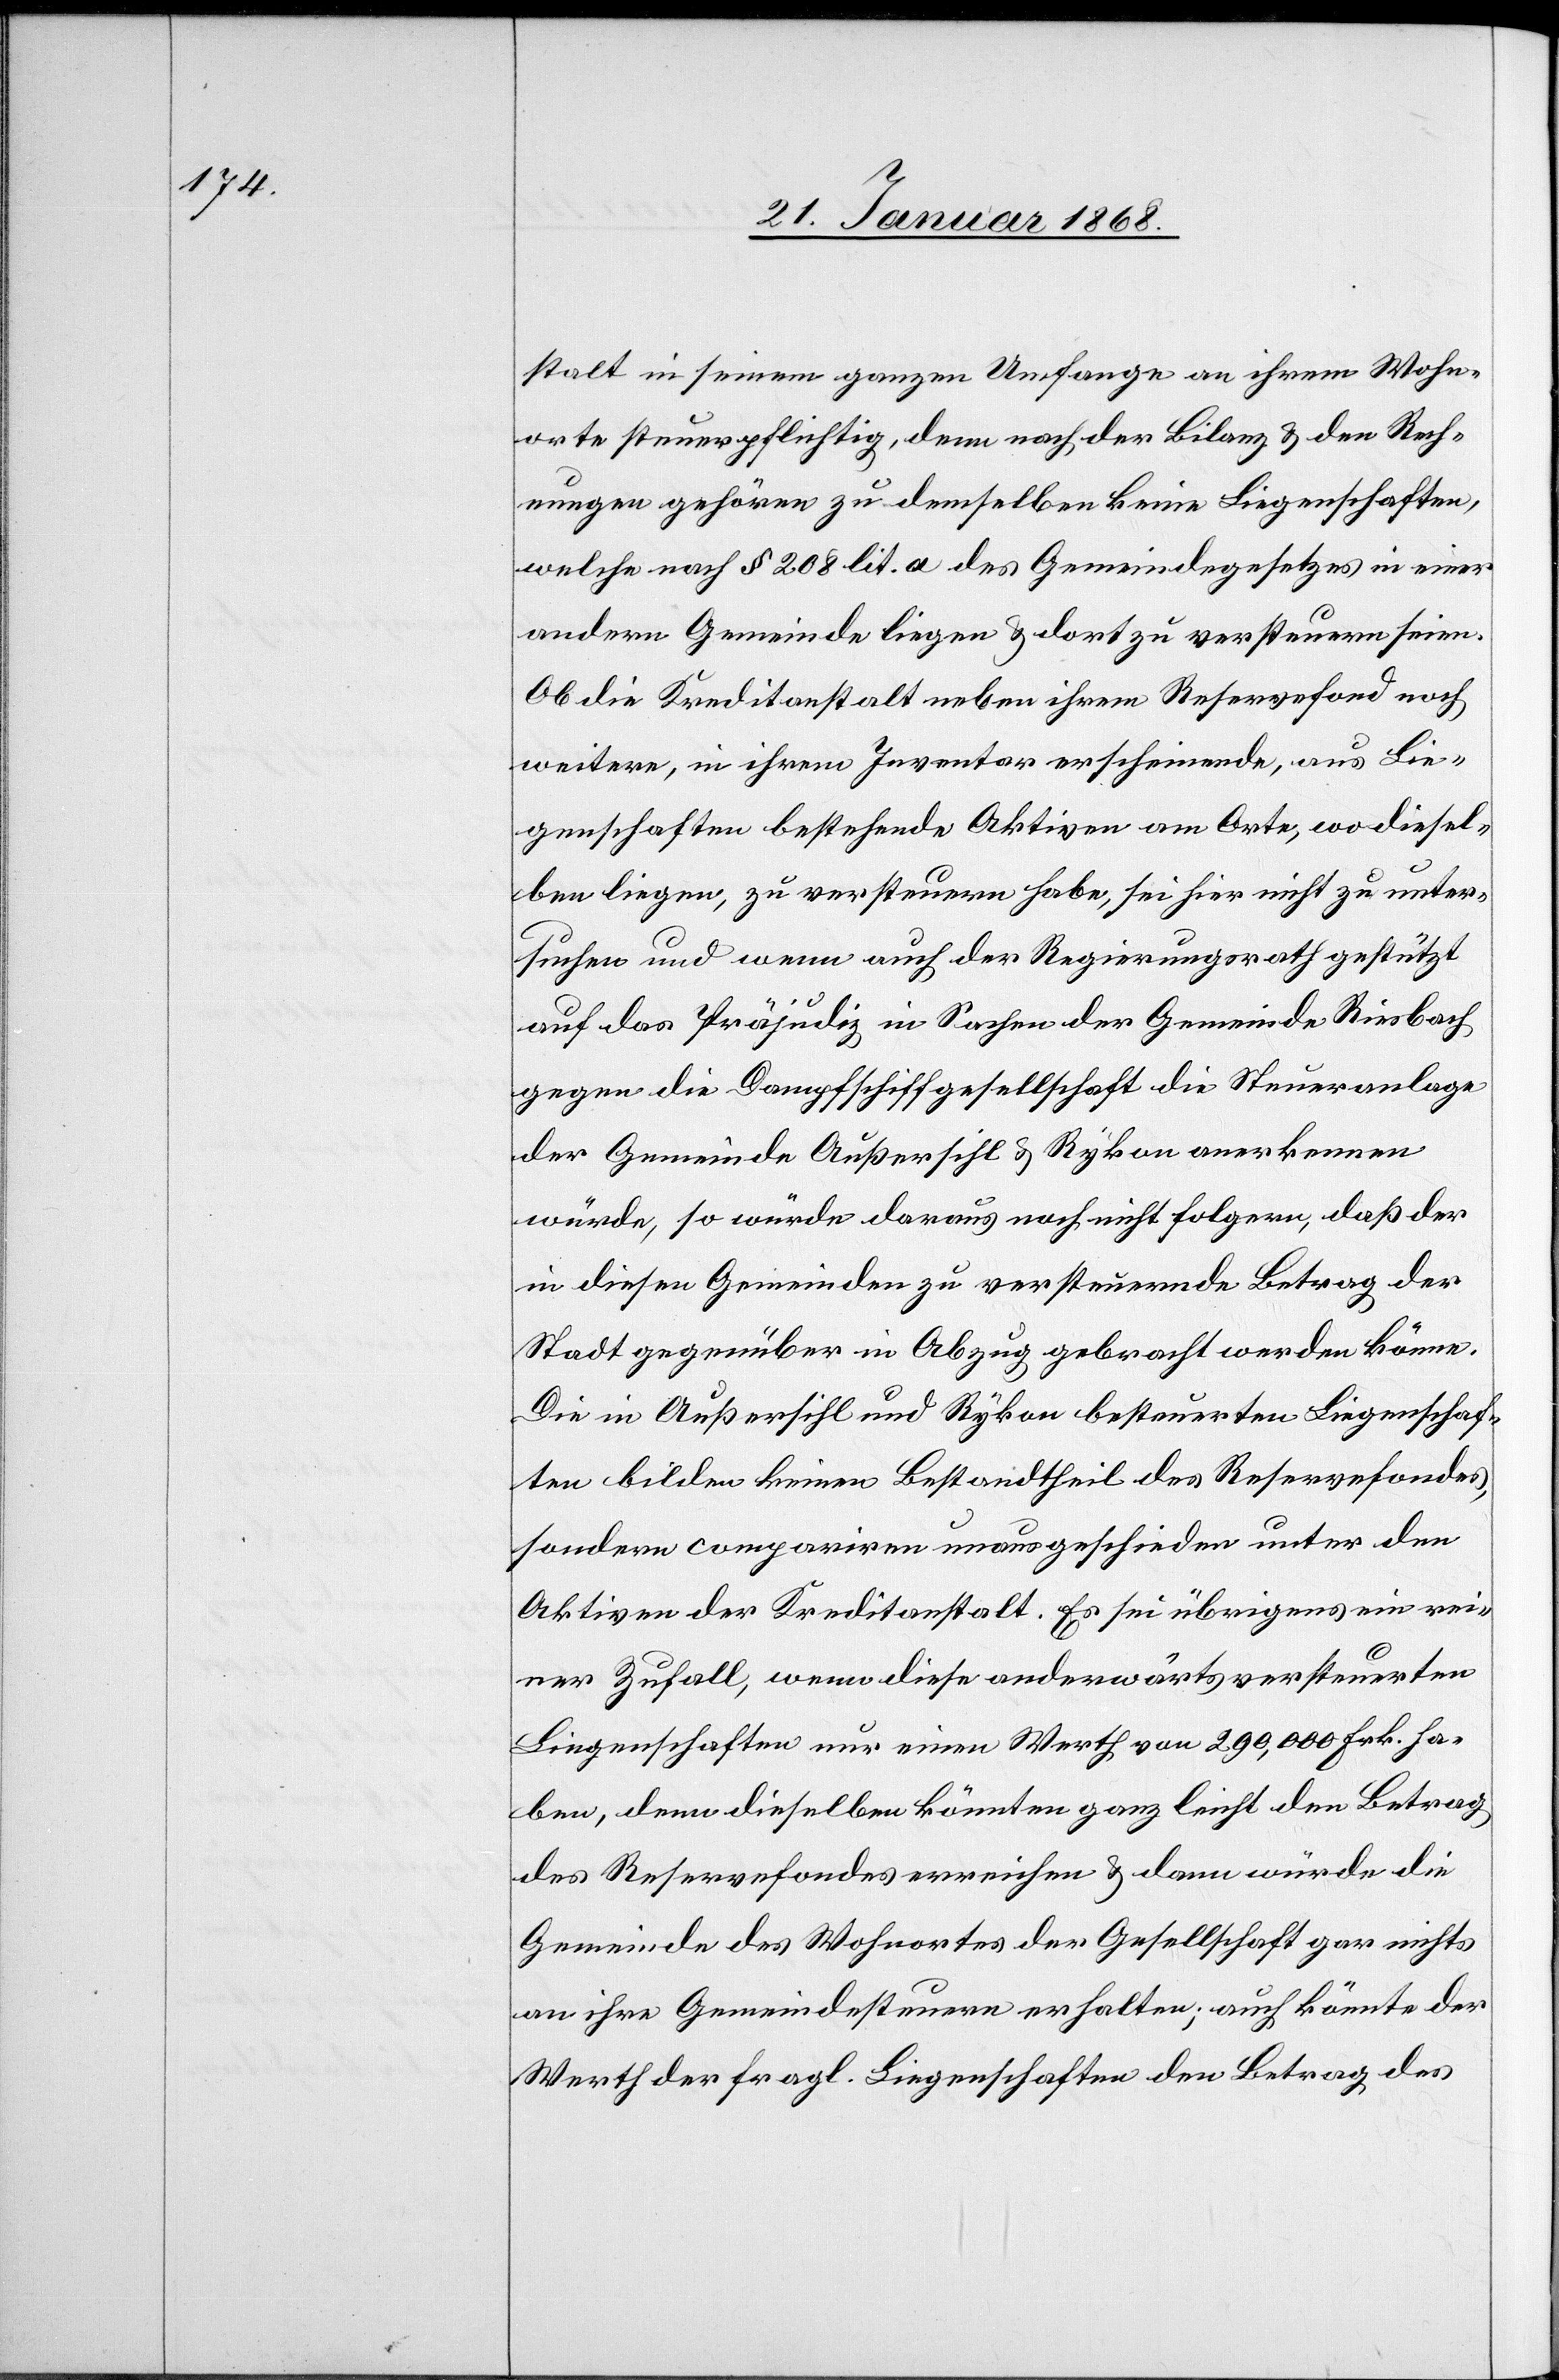
stalt in seinem ganzen Umfange an ihrem Wohn¬
orte steuerpflichtig, denn nach der Bilanz & den Rech¬
nungen gehören zu demselben keine Liegenschaften,
welche nach § 208 lit. a des Gemeindegesetzes in einer
andern Gemeinde liegen & dort zu versteuern seien.
Ob die Kreditanstalt neben ihrem Reservefond noch
weitere, in ihrem Inventar erscheinende, aus Lie¬
genschaften bestehende Aktiven am Orte, wo diesel¬
ben liegen, zu versteuern habe, sei hier nicht zu unter¬
suchen und wenn auch der Regierungsrath gestützt
auf das Präjudiz in Sachen der Gemeinde Riesbach
gegen die Dampfschiffgesellschaft die Steueranlage
der Gemeinde Außersihl & Rykon anerkennen
würde, so würde daraus noch nicht folgern, daß der
in diesen Gemeinden zu versteuernde Betrag der
Stadt gegenüber in Abzug gebracht werden könne.
Die in Außersihl und Rykon besteuerten Liegenschaf¬
ten bilden keinen Bestandtheil des Reservefondes,
sondern compariren unausgeschieden unter den
Aktiven der Kreditanstalt. Es sei übrigens ein rei¬
ner Zufall, wenn diese anderwärts versteuerten
Liegenschaften nur einen Werth von 290,000 Frk. ha¬
ben, denn dieselben könnten ganz leicht den Betrag
des Reservefondes erreichen & dann würde die
Gemeinde des Wohnortes der Gesellschaft gar nichts
an ihre Gemeindesteuern erhalten; auch könnte der
Werth der fragl. Liegenschaften den Betrag des